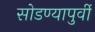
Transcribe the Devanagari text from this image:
सोडण्यापुर्वी